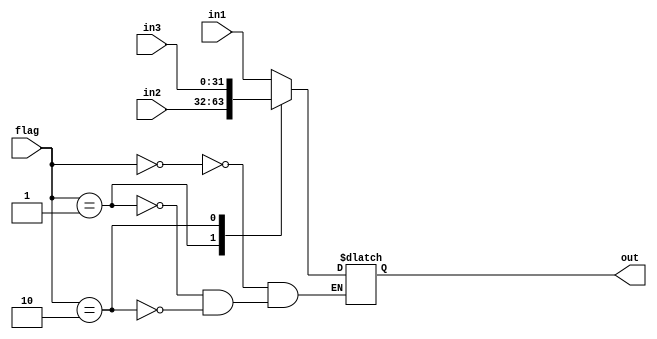
module MUX3to1
#(parameter WIDTH = 32)
(flag, in1, in2, in3, out);

input wire [1:0] flag;
input wire [WIDTH-1:0] in1;
input wire [WIDTH-1:0] in2;
input wire [WIDTH-1:0] in3;

output reg [WIDTH-1:0] out;

always @* begin
    case(flag)
      2'b00: begin
          out <= in1;
      end
      2'b01: begin
          out <= in2;
      end
      2'b10: begin
          out <= in3;
      end
    endcase
end

endmodule